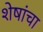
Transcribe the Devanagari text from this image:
शेषांचा